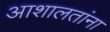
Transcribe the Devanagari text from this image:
आशालतांना